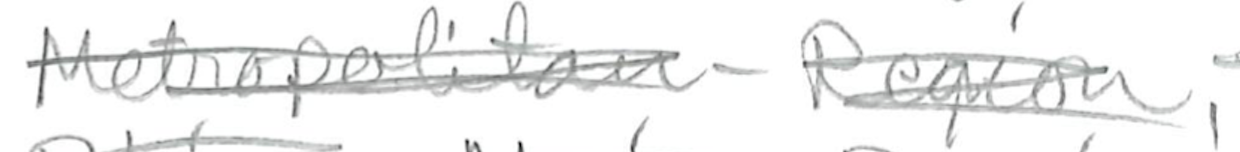
Text: Metropolitan-Region,
Cross-out: scratch
Writing tool: pencil